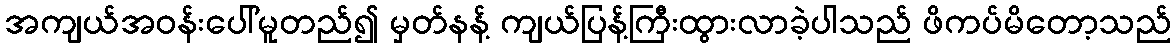
အကျယ်အဝန်းပေါ်မူတည်၍ မှတ်နန့် ကျယ်ပြန့်ကြီးထွားလာခဲ့ပါသည် ဖိကပ်မိတော့သည်